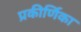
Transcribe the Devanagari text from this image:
प्रकीर्णिका